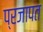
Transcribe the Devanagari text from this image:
प्रजापत